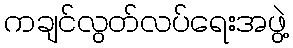
ကချင်လွတ်လပ်ရေးအဖွဲ့